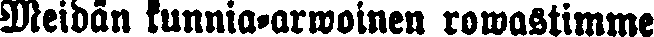
Meidän kunnia-arwoinen rowastimme